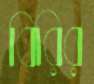
বিরির